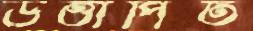
উত্তাপিত